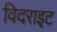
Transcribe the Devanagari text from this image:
विदराइट